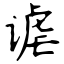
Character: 谑